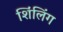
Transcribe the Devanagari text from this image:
शिंलिंग